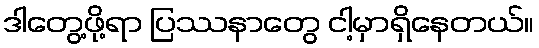
ဒါတွေ့ဖို့ရာ ပြဿနာတွေ ငါ့မှာရှိနေတယ်။